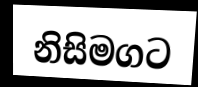
නිසිමගට